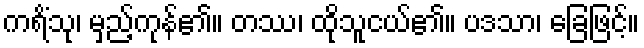
ကရိံသု၊ မှည့်ကုန်၏။ တဿ၊ ထိုသူငယ်၏။ ပဒသာ၊ ခြေဖြင့်။